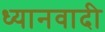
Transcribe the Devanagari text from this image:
ध्यानवादी